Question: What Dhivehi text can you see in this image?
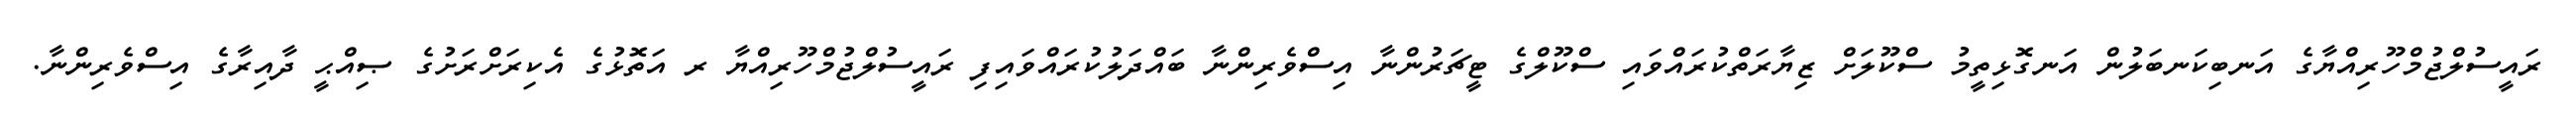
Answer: ރައީސުލްޖުމްހޫރިއްޔާގެ އަނބިކަނބަލުން އަނގޮޅިތީމު ސްކޫލަށް ޒިޔާރަތްކުރައްވައި ސްކޫލްގެ ޓީޗަރުންނާ އިސްވެރިންނާ ބައްދަލުކުރައްވައިފި ރައީސުލްޖުމްހޫރިއްޔާ ރ އަތޮޅުގެ އެކިރަށްރަށުގެ ޞިއްޙީ ދާއިރާގެ އިސްވެރިންނާ.